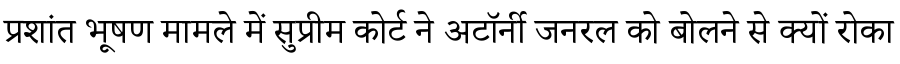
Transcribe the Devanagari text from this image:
प्रशांत भूषण मामले में सुप्रीम कोर्ट ने अटॉर्नी जनरल को बोलने से क्यों रोका